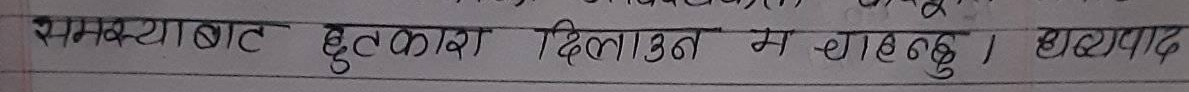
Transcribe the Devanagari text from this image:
समस्याबाट छुटकारा दिलाउन म चाहन्छु। धन्यवाद ।